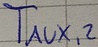
Text: TAUX,2